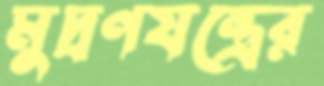
মুদ্রণযন্ত্রের